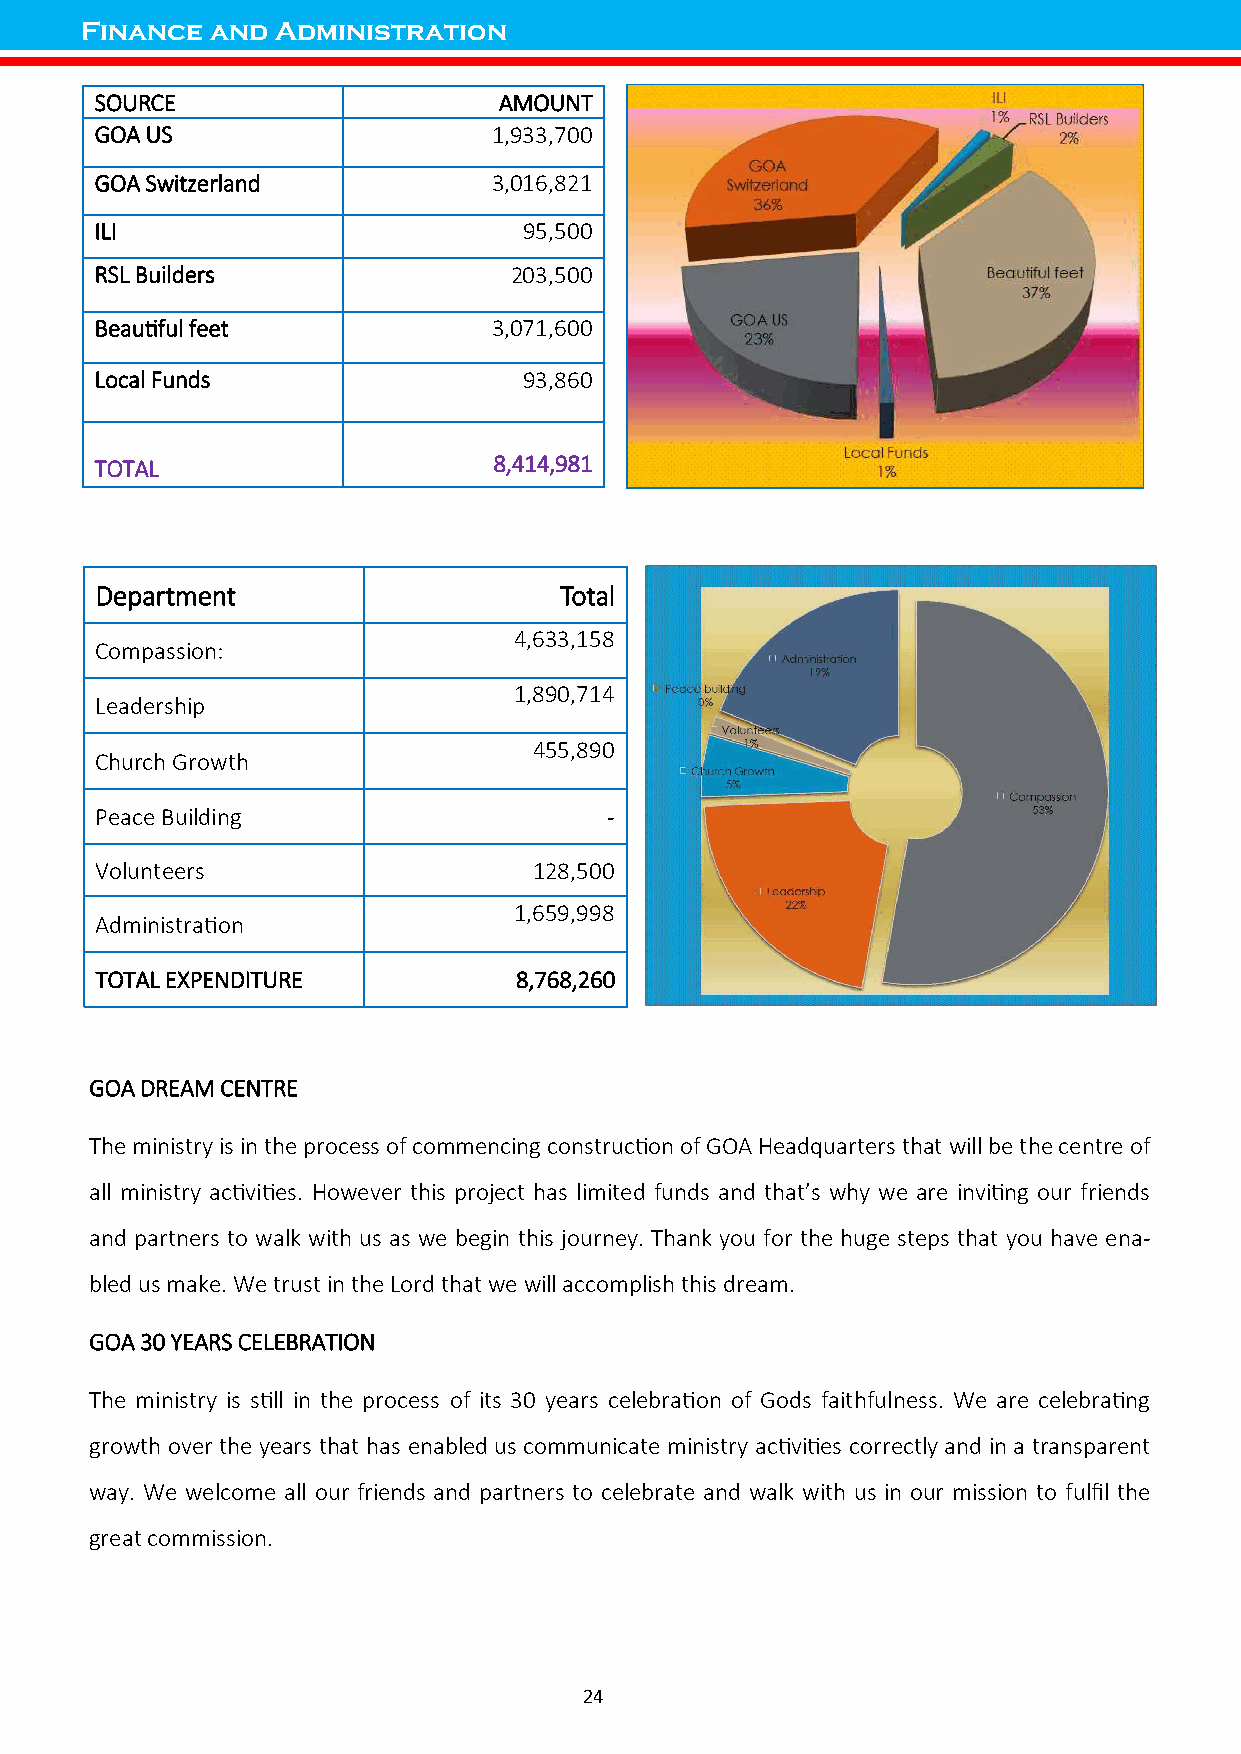
Finance  and Administration
 SOURCE                     AMOUNT
 GOA US                     1,933,700
 GOA Switzerland            3,016,821
 ILI                          95,500
 RSL Builders                203,500
 Beautiful feet             3,071,600
 Local Funds                  93,860
 TOTAL                      8,414,981
 Department                     Total
 4,633,158
 Compassion:
 1,890,714
 Leadership
 455,890
 Church Growth
 Peace Building                    -
 Volunteers                   128,500
 1,659,998
 Administration
 TOTAL EXPENDITURE           8,768,260
 GOA DREAM CENTRE
 The ministry is in the process of commencing construction of GOA Headquarters that will be the centre of
 all ministry activities. However this project has limited funds and that’s why we are inviting our friends
 and partners to walk with us as we begin this journey. Thank you for the huge steps that you have ena-
 bled us make. We trust in the Lord that we will accomplish this dream.
 GOA 30 YEARS CELEBRATION
 The ministry is still in the process of its 30 years celebration of Gods faithfulness. We are celebrating
 growth over the years that has enabled us communicate ministry activities correctly and in a transparent
 way. We welcome all our friends and partners to celebrate and walk with us in our mission to fulfil the
 great commission.
 24